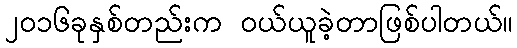
၂၀၁၆ခုနှစ်တည်းက ဝယ်ယူခဲ့တာဖြစ်ပါတယ်။